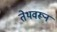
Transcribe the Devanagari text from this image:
तेथवरून